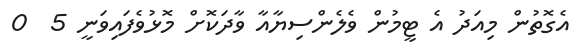
އެގޮތުން މިއަދު އެ ޓީމުން ވެލެންސިޔާއާ ވާދަކޮށް މޮޅުވެފައިވަނީ 5  0